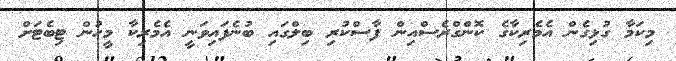
މިކަމާ ގުޅިގެން އެމެރިކާގެ ކޮންގްރެސްއިން ފާސްކުރި ބިލްގައި ބުނެފައިވަނީ އެމެރިކާ މީހުން ޓިބެޓަށް